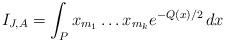
LaTeX: \begin{align*} I_{J, A} &= \int_P x_{m_1} \dots x_{m_k} e^{-Q(x)/2} \, dx\end{align*}